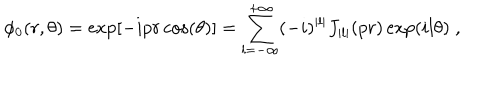
\phi _ { 0 } ( r , \theta ) = \exp \left[ - i p r \cos ( \theta ) \right] = \sum _ { l = - \infty } ^ { + \infty } ( - i ) ^ { | l | } J _ { | l | } ( p r ) \exp ( i l \theta ) \; ,